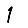
Digit: 1